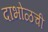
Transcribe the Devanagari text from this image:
दाभोळची